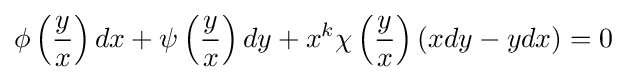
\phi \left({\frac {y}{x}}\right)dx+\psi \left({\frac {y}{x}}\right)dy+x^{k}\chi \left({\frac {y}{x}}\right)(xdy-ydx)=0